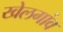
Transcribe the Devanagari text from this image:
खेलगांव